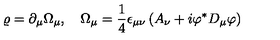
\varrho = \partial _ { \mu } \Omega _ { \mu } , \quad \Omega _ { \mu } = \frac 1 4 \epsilon _ { \mu \nu } \left( A _ { \nu } + i \varphi ^ { * } D _ { \mu } \varphi \right)